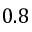
0 . 8